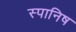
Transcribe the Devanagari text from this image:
स्पानिष